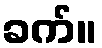
ခက်။